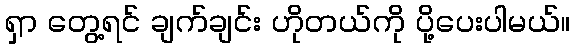
ရှာ တွေ့ရင် ချက်ချင်း ဟိုတယ်ကို ပို့ပေးပါမယ်။